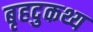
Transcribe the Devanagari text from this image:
बृहदुकथ्य